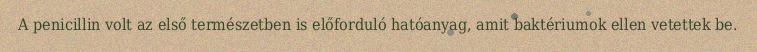
A penicillin volt az első természetben is előforduló hatóanyag, amit baktériumok ellen vetettek be.